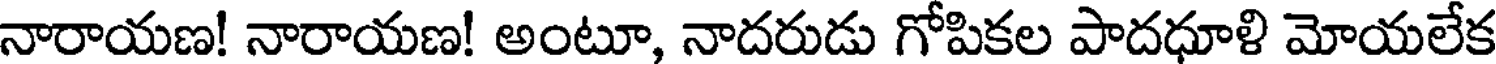
నారాయణ! నారాయణ! అంటూ, నాదరుడు గోపికల పాదధూళి మోయలేక